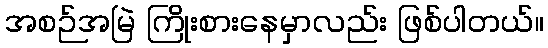
အစဉ်အမြဲ ကြိုးစားနေမှာလည်း ဖြစ်ပါတယ်။